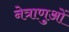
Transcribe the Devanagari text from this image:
नेत्राणुओं